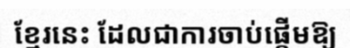
ខ្មែរនេះ ដែលជាការចាប់ផ្តើមឱ្យ